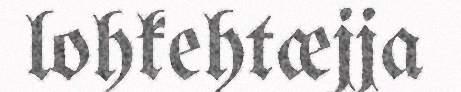
lohkehtæjja